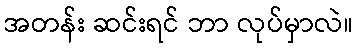
အတန်း ဆင်းရင် ဘာ လုပ်မှာလဲ။